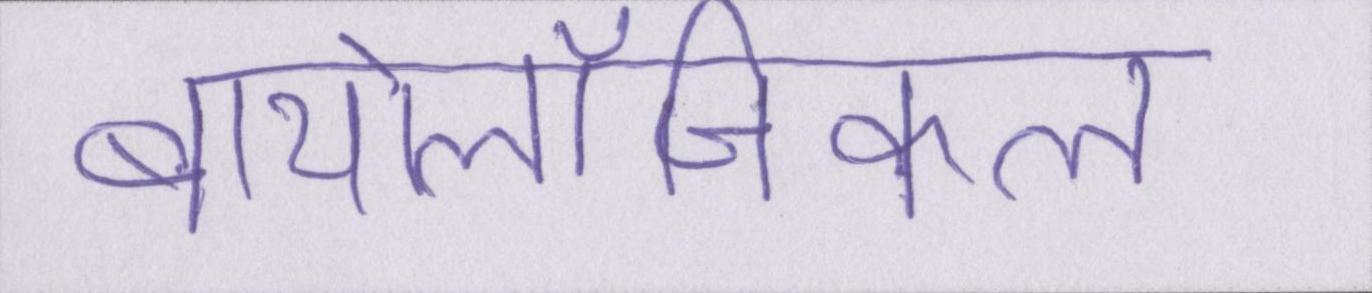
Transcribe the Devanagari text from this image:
बायोलॉजिकल